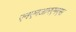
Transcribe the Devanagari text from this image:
एनएनआरएमएस